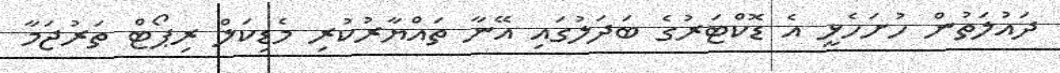
ދައުލަތުން ހުށަހެޅީ އެ ޑޮކްޓަރުގެ ބަދަލުގައި އޭނާ ތައްޔާރުކުރި މެޑިކަލް ރިޕޯޓް ތަރުޖަމާ